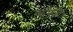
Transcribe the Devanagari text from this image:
कर्नलें